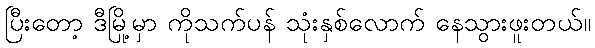
ပြီးတော့ ဒီမြို့မှာ ကိုသက်ပန် သုံးနှစ်လောက် နေသွားဖူးတယ်။